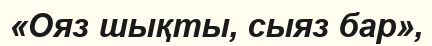
«Ояз шықты, сыяз бар»,